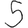
Digit: 5